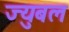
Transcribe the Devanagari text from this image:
ज्युबल